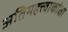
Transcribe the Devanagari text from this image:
अतिमहत्त्वाकांक्षा